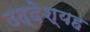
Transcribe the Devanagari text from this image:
उद्देश्यह